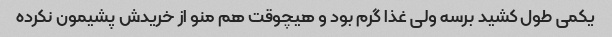
یکمی طول کشید برسه ولی غذا گرم بود و هیچوقت هم منو از خریدش پشیمون نکرده